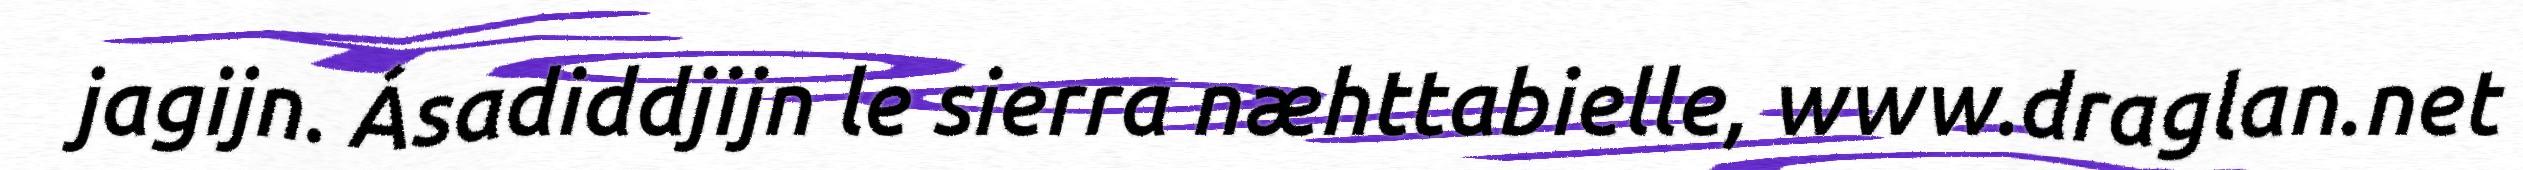
jagijn. Ásadiddjijn le sierra næhttabielle, www.draglan.net